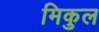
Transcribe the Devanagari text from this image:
मिकुल